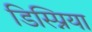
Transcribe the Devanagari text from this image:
डिस्प्निया